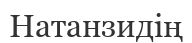
Натанзидің